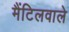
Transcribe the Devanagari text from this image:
मैंटिलवाले